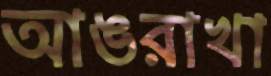
আঙরাখা